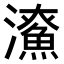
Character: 𤃖